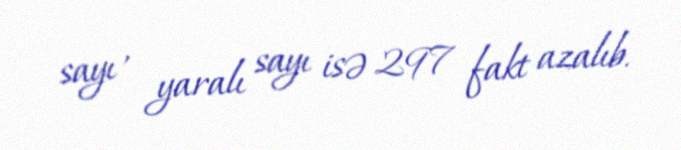
sayı , yaralı sayı isə 297 fakt azalıb.